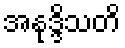
အနုဒ္ဒိသတိ